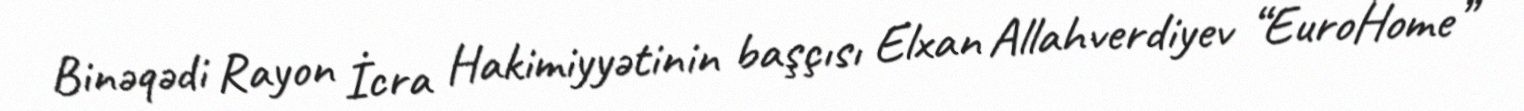
Binəqədi Rayon İcra Hakimiyyətinin başçısı Elxan Allahverdiyev “EuroHome”